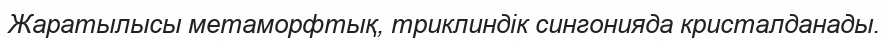
Жаратылысы метаморфтық, триклиндік сингонияда кристалданады.